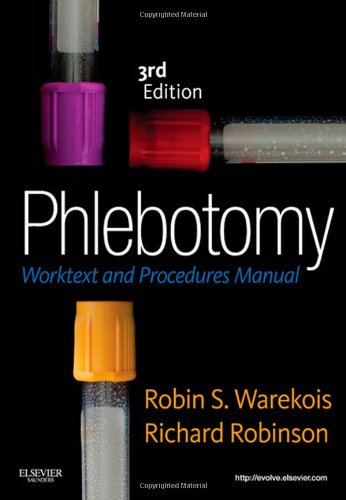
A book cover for Phlebotomy: Worktext and Procedures Manual, 3e; Robin S. Warekois BS  MT(ASCP); Medical Books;